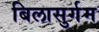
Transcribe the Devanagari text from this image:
बिलासुर्गम